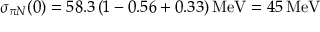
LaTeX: \sigma _ { \pi N } ( 0 ) = 5 8 . 3 \, ( 1 - 0 . 5 6 + 0 . 3 3 ) \, \mathrm { M e V } = 4 5 \, \mathrm { M e V } \, \,